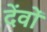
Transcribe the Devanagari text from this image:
देंवों